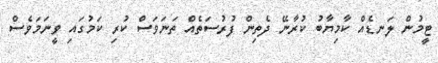
ޓީމުން ލަނޑެއް ކާމިޔާބު ކުރާނޭ ދެތިން ފުރުސަތެއް ތަނަވަސް ކުރި ކަމުގައި ވީނަމަވެސް